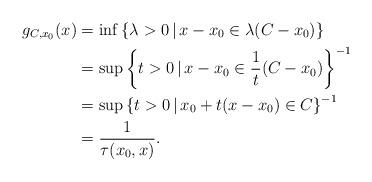
LaTeX: \begin{align*} g_{C,x_0}(x)&=\inf\left\{ \lambda>0\,|\,x-x_0\in \lambda(C-x_0) \right\}\\ &=\sup\left\{ t>0\,|\, x-x_0\in \frac{1}{t}(C-x_0) \right\}^{-1}\\ &=\sup\left\{ t>0 \,|\, x_0+t(x-x_0)\in C \right\}^{-1}\\ &=\frac{1}{\tau(x_0,x)}.\end{align*}